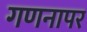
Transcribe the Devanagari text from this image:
गणनापर